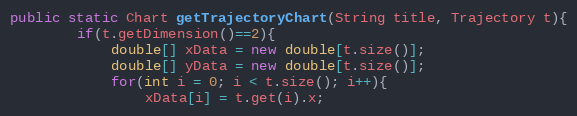
Language: Java
public static Chart getTrajectoryChart(String title, Trajectory t){
		if(t.getDimension()==2){
		 	double[] xData = new double[t.size()];
		    double[] yData = new double[t.size()];
		    for(int i = 0; i < t.size(); i++){
		    	xData[i] = t.get(i).x;